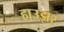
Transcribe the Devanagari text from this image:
हाउझर